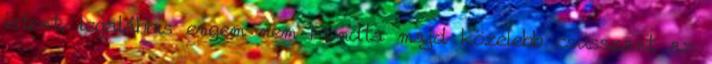
istent, legalábbis engem nem Mondta majd közelebb csusszant az